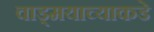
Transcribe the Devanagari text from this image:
वाड्मयाच्याकडे